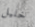
خليل